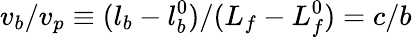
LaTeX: v_{b}/v_{p}\equiv(l_{b}-l_{b}^{0})/(L_{f}-L_{f}^{0})=c/b